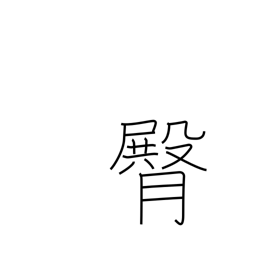
Meaning: buttocks